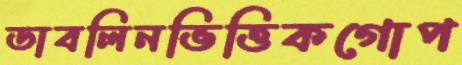
ডাবলিনভিত্তিকগোপ